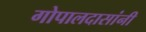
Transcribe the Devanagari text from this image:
गोपालदासांनी